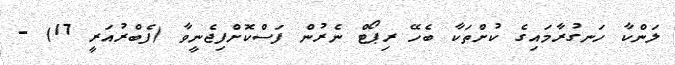
ލަންކާ ހަނގުރާމައިގެ ކުށްތަކާ ބެހޭ ރިޕޯޓް ނެރުން ފަސްކޮށްފިޖެނީވާ (ފެބްރުއަރީ 17) -